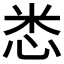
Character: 𢘻